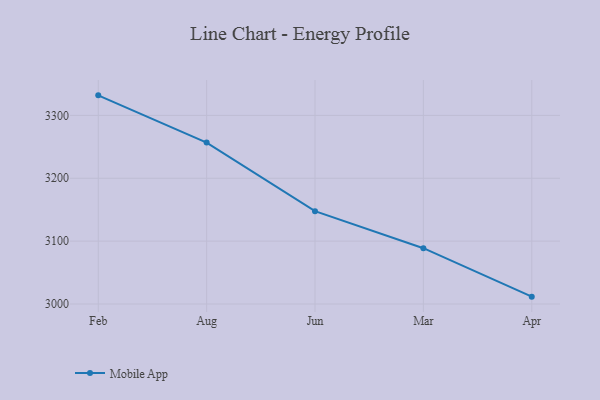
{"axis": {"x": "Month", "y": "Revenue (USD Million)"}, "legend": ["Mobile App"], "data": [{"x": "Feb", "y": 3331.9, "type": "Mobile App"}, {"x": "Aug", "y": 3256.8, "type": "Mobile App"}, {"x": "Jun", "y": 3147.7, "type": "Mobile App"}, {"x": "Mar", "y": 3088.8, "type": "Mobile App"}, {"x": "Apr", "y": 3011.7, "type": "Mobile App"}]}